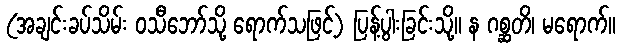
(အချင်းခပ်သိမ်း ဝသီဘော်သို့ ရောက်သဖြင့်) ပြန့်ပွါးခြင်းသို့။ န ဂစ္ဆတိ၊ မရောက်။